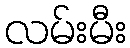
လမ်းမီး